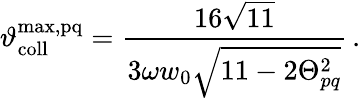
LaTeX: \vartheta_{\mathrm{coll}}^{\mathrm{max,pq}}=\frac{16\sqrt{11}}{3\omega w_{0}\sqrt{11-2\Theta_{pq}^{2}}}\, .